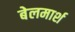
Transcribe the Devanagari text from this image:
बेलमार्श